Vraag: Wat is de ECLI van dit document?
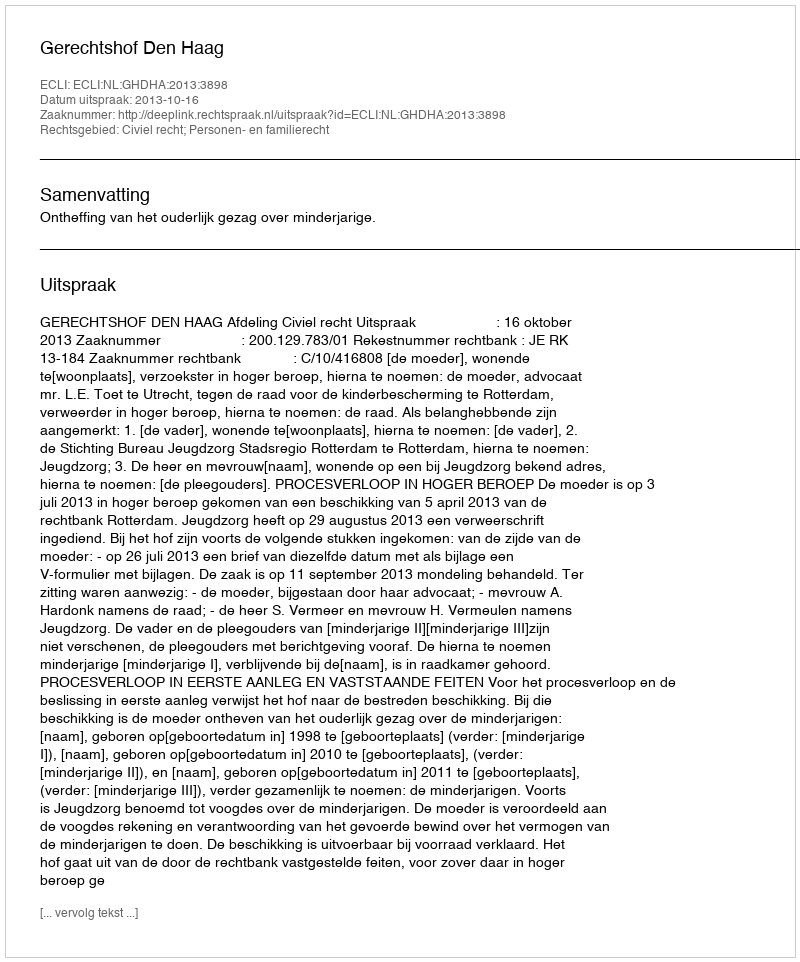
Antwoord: ECLI:NL:GHDHA:2013:3898